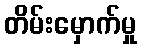
တိမ်းမှောက်မှု